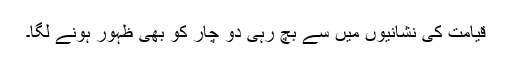
قیامت کی نشانیوں میں سے بچ رہی دو چار کو بھی ظہور ہونے لگا۔